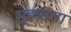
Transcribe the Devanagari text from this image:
मुहबोला